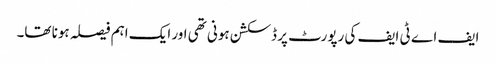
ایف اے ٹی ایف کی رپورٹ پر ڈسکشن ہونی تھی اور ایک اہم فیصلہ ہونا تھا۔